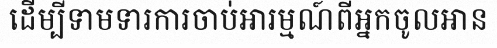
ដើម្បីទាមទារការចាប់អារម្មណ៍ពីអ្នកចូលអាន